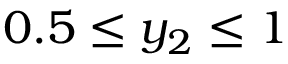
0 . 5 \leq y _ { 2 } \leq 1